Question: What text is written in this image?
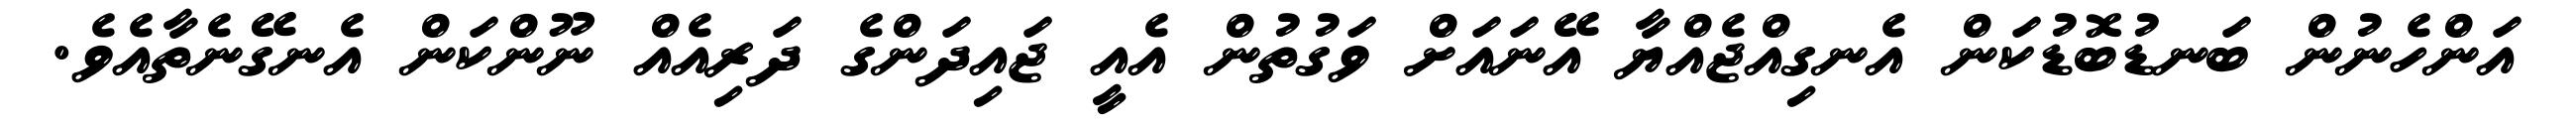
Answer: އަންހެނުން ބަނޑުބޮޑުކަން އެނގިއްޖެއްޔާ އޭނައަށް ވަގުތުން އެއީ ޖައިދަންގެ ދަރިއެއް ނޫންކަން އެނގޭނެތާއެވެ.